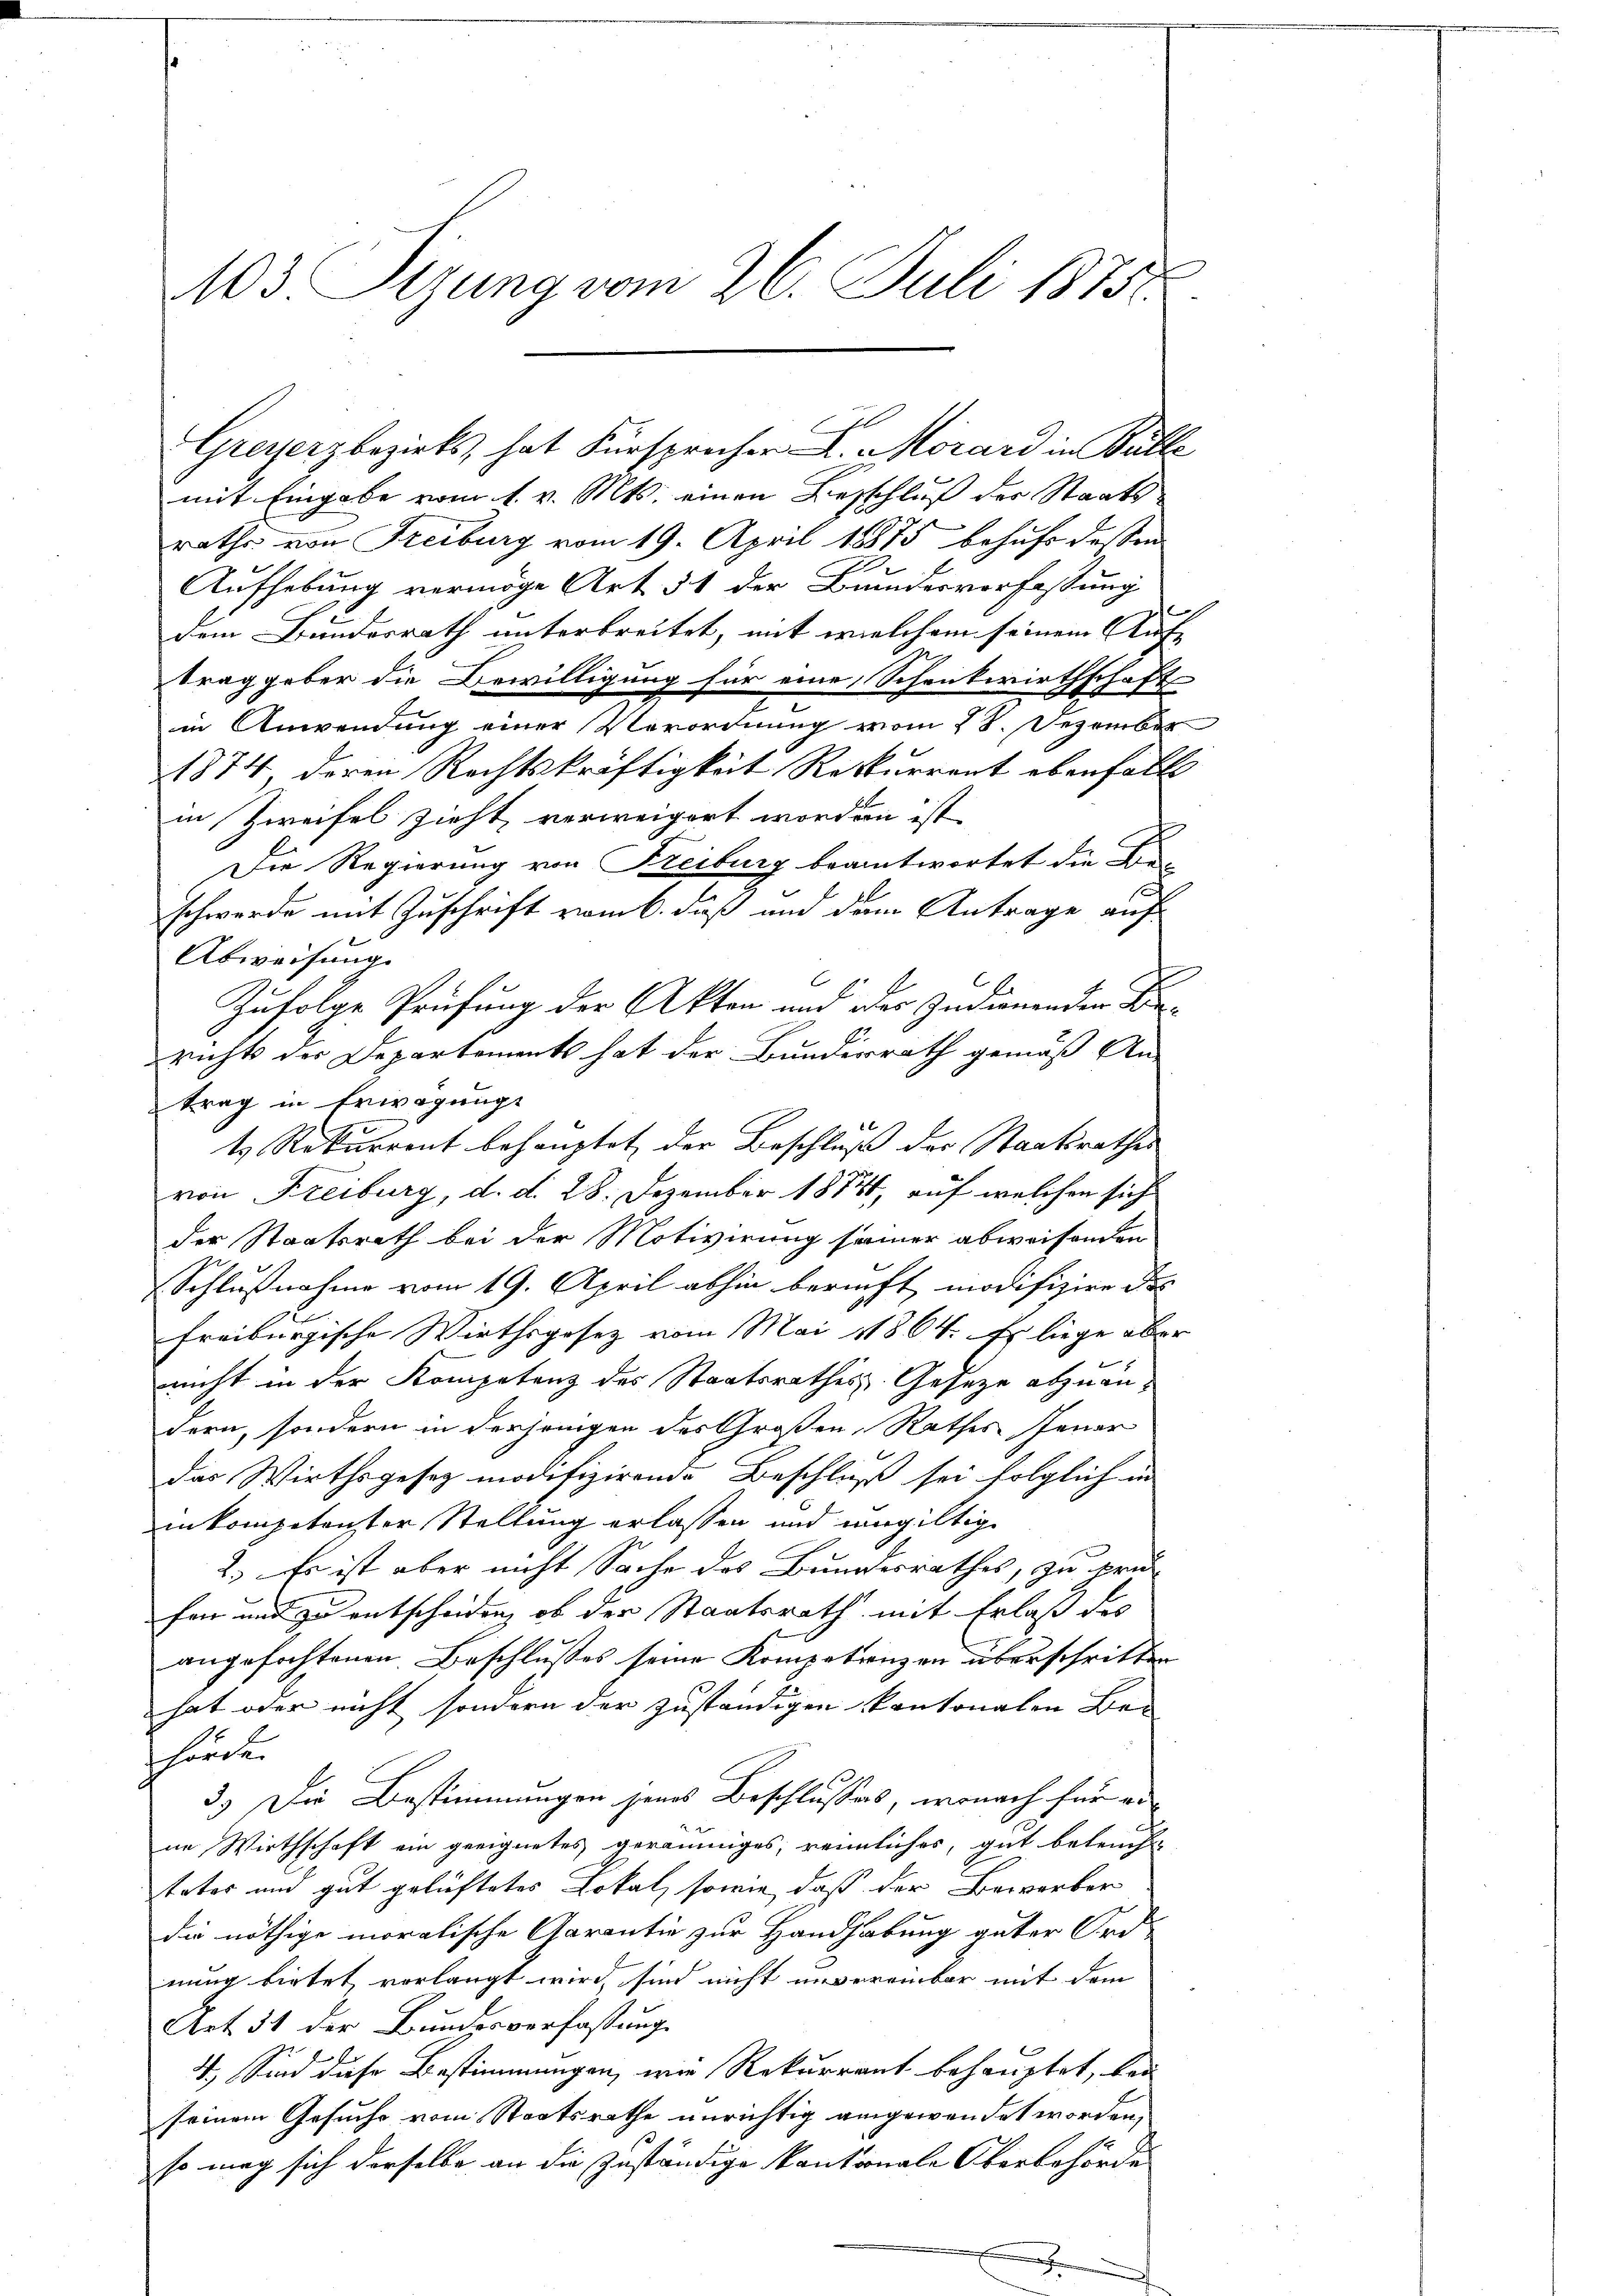
A03 Sizung vom 26. Juli 18752.

mit Eingabe vom 1. v. Mts. einen Beschluß der Staatsrathes von Freiburg vom 19. April 1875 behufs dessen
Aufhebung vermöge Art § 1 der Bundesverfassung
dem Bundesrath unterbreitet, mit welchem seinem Auf- |
traggeber die Bewilligung für eine Schenkwirthschaft
in Anwendung einer Verordnung vom 28. Dezember
1874, deren Rechtskräftigkeit Rekurrent ebenfalls
in Zweifel zieht, verweigert worden ist,
Die Regierung von Freiburg beantwortet die Be-
schwerde mit Zuschrift vom 6. daß und dem Antrage auf
Abweisung
Zufolge Prüfung der Akten und des Indienenden Berichts der Departements hat der Bundesrath gemäß An-
trag in Erwägung
t Rekurrent behauptet der Beschluß der Staatsrathes
von Freiburg, d. d. 28. Dezember 18741, auf welchen sich
der Staatsrath bei der Motivirung seiner abweisenden
Schlußnahme vom 19. April abhin bericht modifizire de
freiburgische Wirthsgesez vom Mai 1864. Er liege aber
nnicht in der Kompetenz des Staatsrathes Geseze abzuän-
dern, sondern in derjenigen des Großen Rathes Jener
das Wirthsgesez modifizirende Beschluß sei folglich in
inkompetenter Stellung erlassen und ungültige
2.) Es ist aber nicht Sache des Bundesrathes, zu prü
fen und zu entscheiden, ob der Staatsrath mit Erlaß des
angefochtenen Beschlusses seine Kompetenzen überschritten
hat oder nicht sondern der zuständigen kantonalen Ber
hörden
3.) Die Bestimmungen seines Beschlusses, wonach für ei
ne Wirthschaft ein geeignetes geräumiges, reinliches, gut betref-
tator und gut gelüftetes Lokal, sowie, daß der Bewerber
die nöthige moralische Garantie zur Handhabung guter Ord-
nung bietet vorlangt wird sind nicht unvereinbar mit dem
Art. 31 der Bundesverfaßung
4.) Sind diese Bestimmungen, wie Rekurrent behauptet, bei
seinem Gesuche vom Staatsrathe unrichtig angewendet worden,
so mag sich derselbe an die zuständige kantonale Oberbehörde

Greyerz bezirks, hat Fürsprecher L. Morard in Bulle